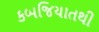
કબજિયાતથી